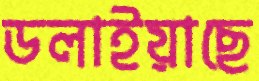
ডলাইয়াছে